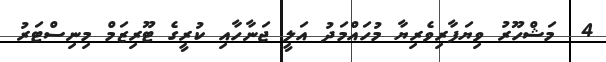
4  މަޝްހޫރު ވިޔަފާރިވެރިޔާ މުހައްމަދު އަލީ ޖަނާހާއި ކުރީގެ ޓޫރިޒަމް މިނިސްޓަރު